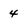
Character: 4